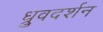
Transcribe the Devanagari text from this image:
ध्रुवदर्शन